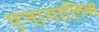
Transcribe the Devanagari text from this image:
एनागालिश